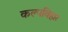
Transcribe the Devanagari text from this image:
कल्पविहार